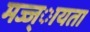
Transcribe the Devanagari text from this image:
मज्ज्ायता